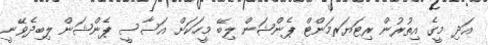
އަދި މީގެ އިތުރުން ރިޓަޔަރމަންޓް ޕެންޝަން ލިބޭ މީހަކަށް އަސާސީ ޕެންޝަން ލިބިދެވޭނީ